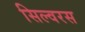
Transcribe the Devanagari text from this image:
सिल्वरस